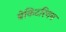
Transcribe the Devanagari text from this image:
बेकिटरियन